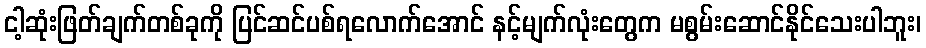
ငါ့ဆုံးဖြတ်ချက်တစ်ခုကို ပြင်ဆင်ပစ်ရလောက်အောင် နင့်မျက်လုံးတွေက မစွမ်းဆောင်နိုင်သေးပါဘူး၊